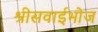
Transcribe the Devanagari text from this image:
श्रीसवाईभोज